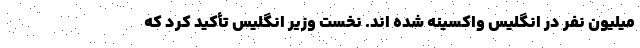
میلیون نفر در انگلیس واکسینه شده اند. نخست وزیر انگلیس تأکید کرد که